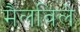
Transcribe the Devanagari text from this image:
मैलविले